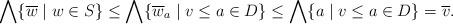
LaTeX: \begin{align*} \bigwedge\{\overline{w}\mid w\in S\}\leq\bigwedge\{\overline{w}_a\mid v\leq a\in D\}\leq\bigwedge\{a\mid v\leq a\in D\}=\overline{v}. \end{align*}